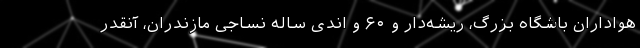
هواداران باشگاه بزرگ، ریشه‌دار و ۶۰ و اندی ساله نساجی مازندران، آنقدر